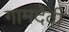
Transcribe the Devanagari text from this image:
गामदेवी